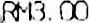
RM3.00